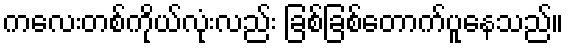
ကလေးတစ်ကိုယ်လုံးလည်း ခြစ်ခြစ်တောက်ပူနေသည်။